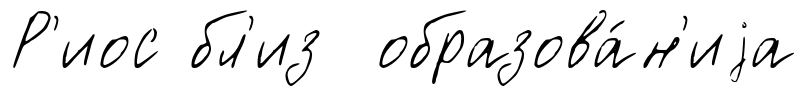
Р'иос бл'из образова́н'иjа